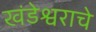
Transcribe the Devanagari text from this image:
खंडेश्वराचे